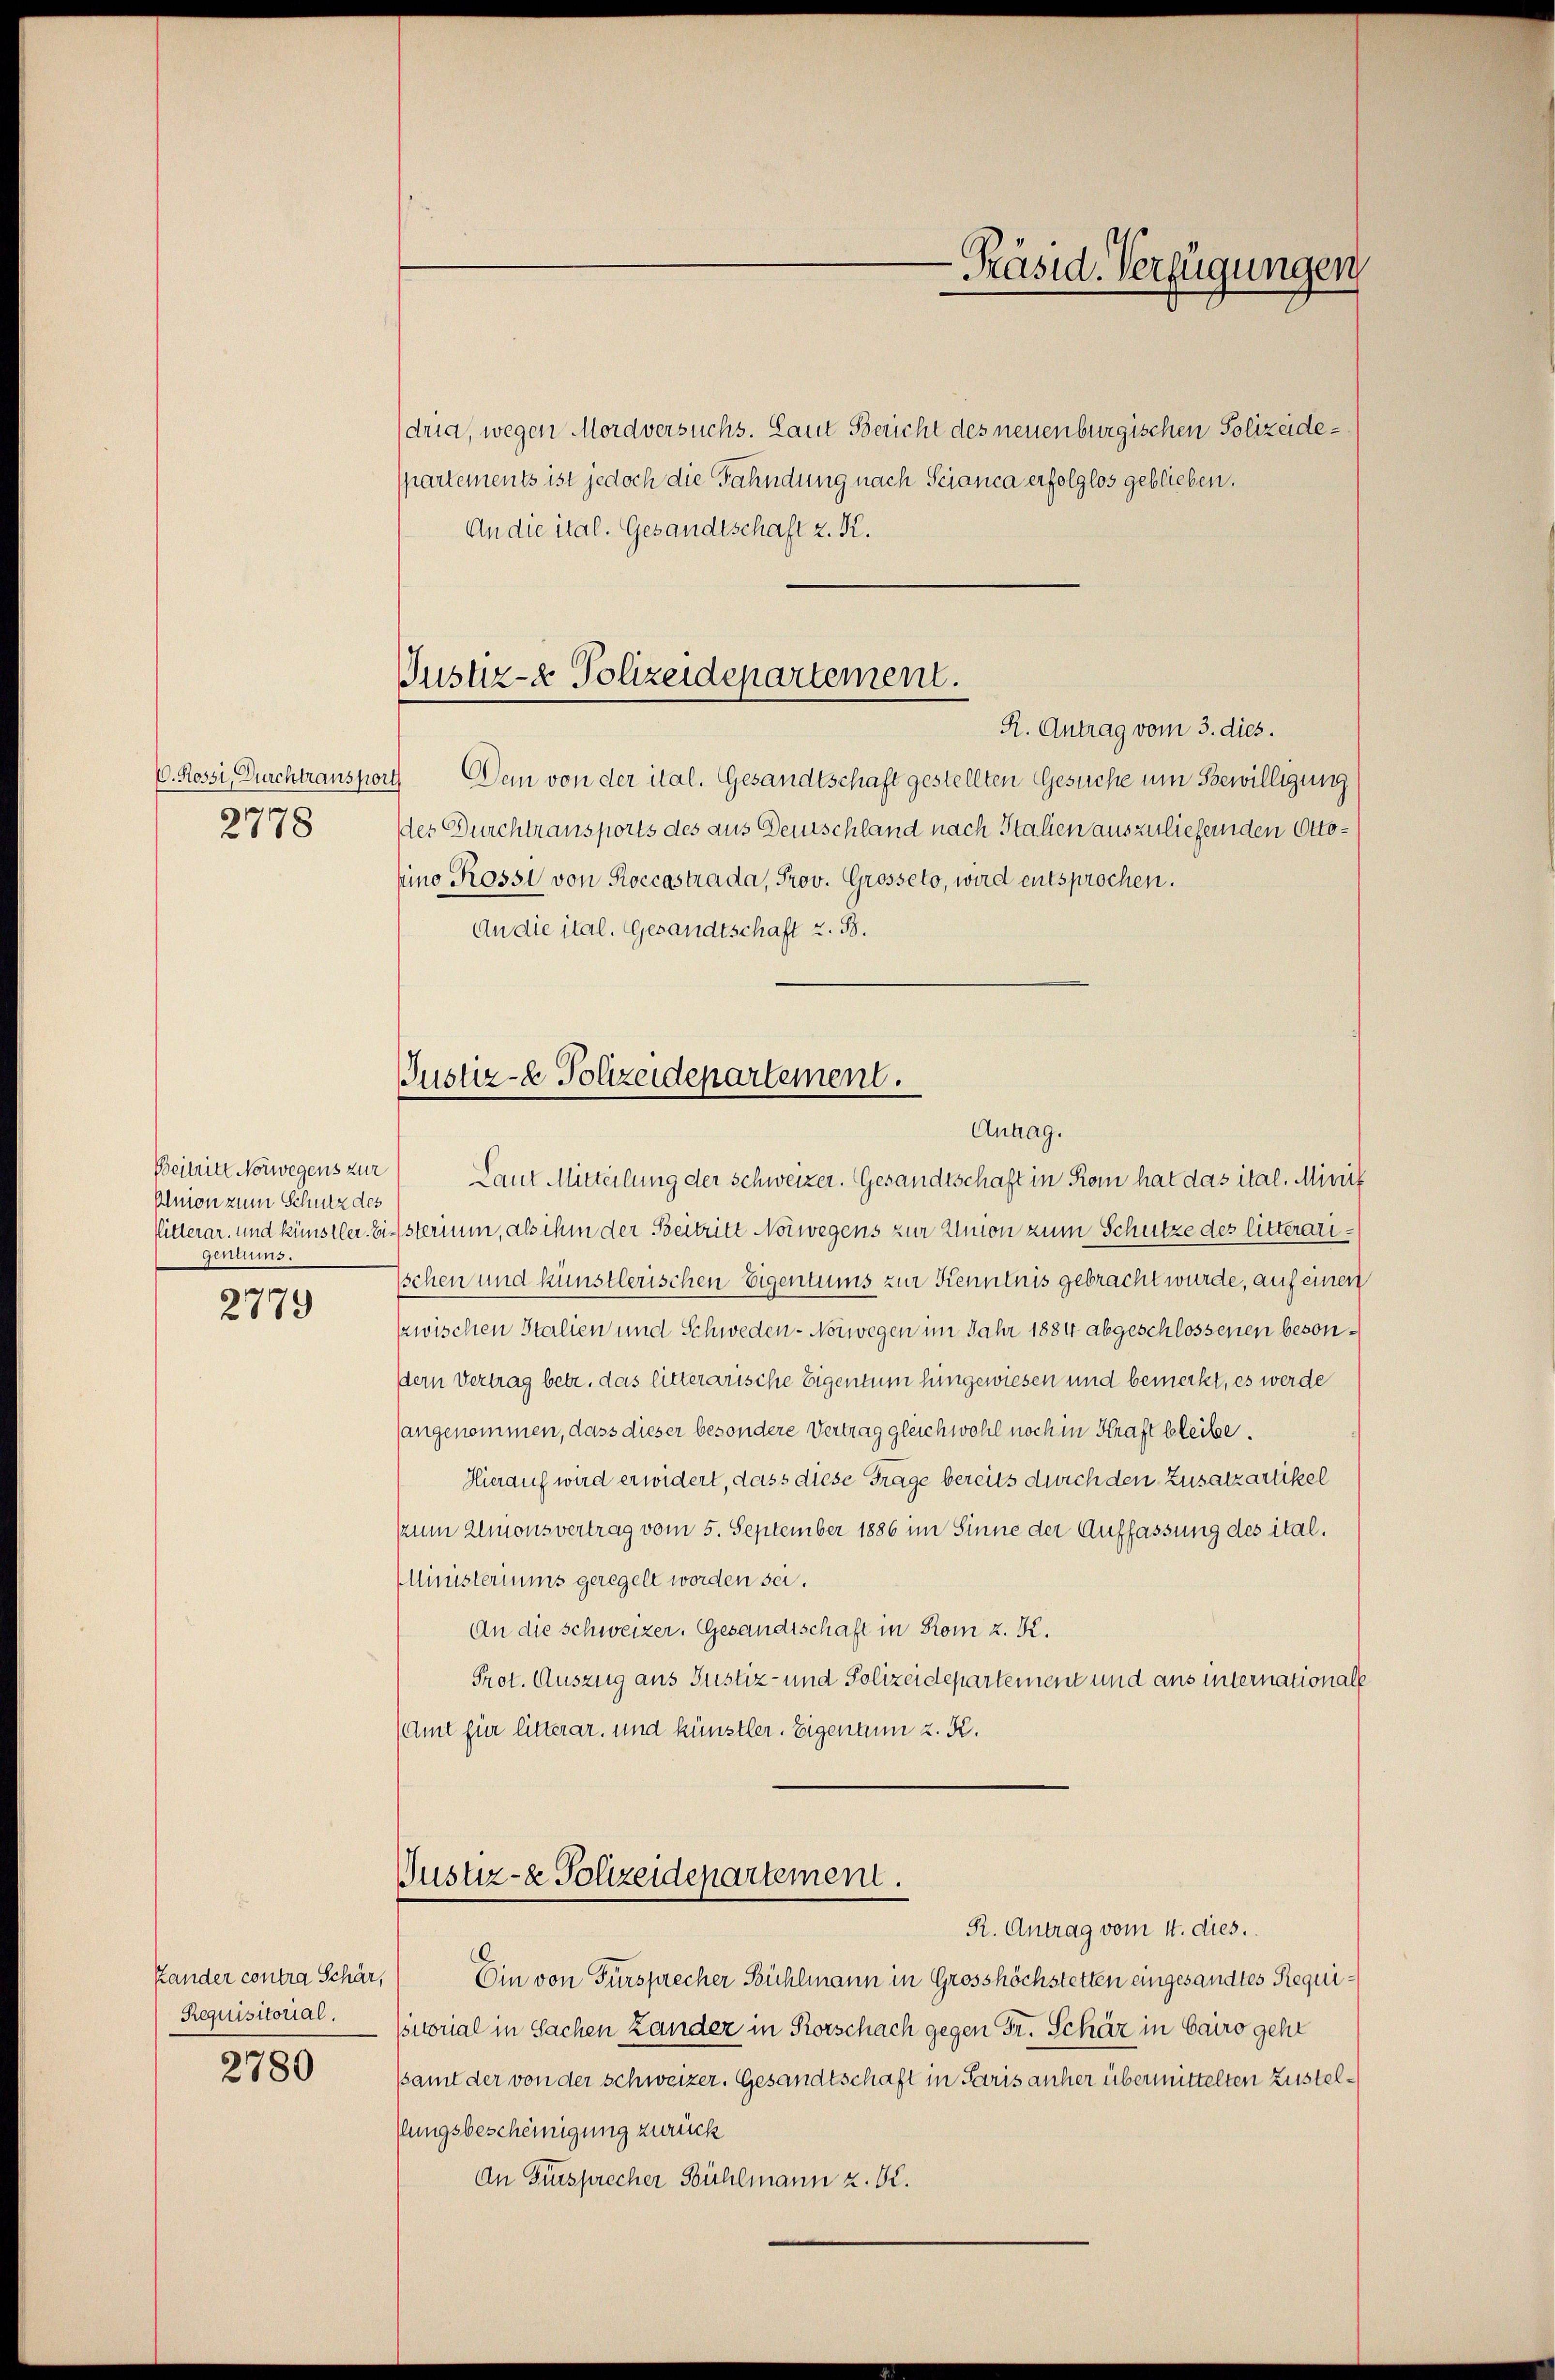
2778

Beitritt Norwegens zur
Union zum Schutz des
gentums.

2779

Requisitorial.
2780

Justiz- & Polizeidepartement.
R. Antrag vom 3. dies.

dria, wegen Mordversuchs. Laut Bericht des neuenburgischen Polizeidepartements ist jedoch die Fahndung nach Scianca erfolglos geblieben.
An die ital. Gesandtschaft z. K.

Justiz- & Polizeidepartement.
Antrag.

Justiz- & Polizeidepartement.

-Präsid. Verfügungen

C. Rossi, Durchtransport Dein von der ital. Gesandtschaft gestellten Gesuche um Bewilligung
des Durchtransports des aus Deutschland nach Italien auszuliefenden Ottohino Rossi von Roccastrada, Prov. Grosseto, wird entsprochen.
An die ital. Gesandtschaft z. B.

Laut Mitteilung der Schweizer. Gesandtschaft in Rom hat das ital. Minik
Pitterar, und künstler. Einsterium, als ihm der Beitritt Norwegens zur Union zum Schutze des litterari¬
Ischen und künstlerischen Eigentums zur Kenntnis gebracht wurde, auf einen
zwischen Stalien und Schweden - Norwegen im Jahr 1884 abgeschlossenen besondern Vertrag betr. das litterarische Eigentum hingewiesen und bemerkt, es werde
sangenommen, dass dieser besondere Vertrag gleichwohl noch in Kraft bleibe.
Hierauf wird erwidert, dass diese Frage bereits durch den Zusatzartikel
zum Unionsvertrag vom 5. September 1886 im Sinne der Auffassung des ital.
MMinisteriums geregelt worden sei.
An die Schweizer. Gesandtschaft in Rom z. K.
Prot. Auszug aus Justiz- und Polizeidepartement und aus internationale
(Amt für litterar, und künstler. Eigenann z. K.

R. Antrag vom 1. dies.
Kander contra Schär, Ein von Fürsprecher Bühlmann in Grosshöchstetten eingesandtes Requisitorial in Sachen Lander in Korschach gegen Fr. Schär in Cairo gehe
samt der von der Schweizer. Gesandtschaft in Paris anher übermittelten Zustelfungsbescheinigung zurück
An Fürsprecher Bühlmann z. S.